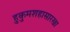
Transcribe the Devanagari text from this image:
हुकुमशहासारखा